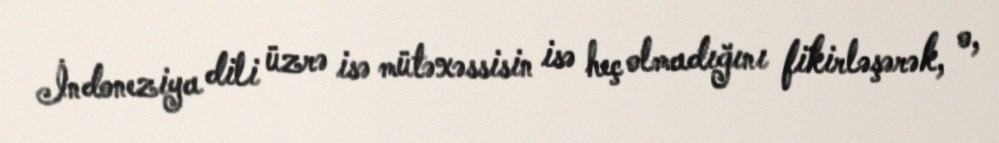
İndoneziya dili üzrə isə mütəxəssisin isə heç olmadığını fikirləşərək, o,